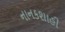
નાનકશાહી